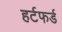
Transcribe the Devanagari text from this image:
हर्टफर्ड